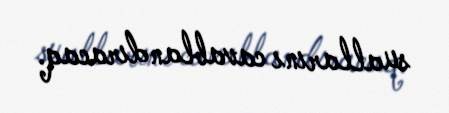
suallarını cavablandıracaq.